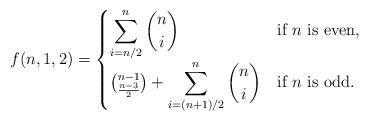
LaTeX: \begin{align*} f(n,1,2) = \begin{cases} \displaystyle\sum_{i=n/2}^n {n \choose i} & \mbox{if } n\mbox{ is even,} \\ {n-1 \choose \frac{n-3}{2}}+\displaystyle\sum_{i=(n+1)/2}^n {n \choose i} & \mbox{if } n\mbox{ is odd.} \end{cases} \end{align*}